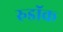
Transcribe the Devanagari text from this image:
रुडॉक